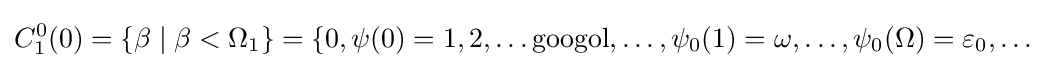
C_{1}^{0}(0)=\{\beta \mid \beta <\Omega _{1}\}=\{0,\psi (0)=1,2,\ldots {\text{googol}},\ldots ,\psi _{0}(1)=\omega ,\ldots ,\psi _{0}(\Omega )=\varepsilon _{0},\ldots